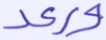
ورعد